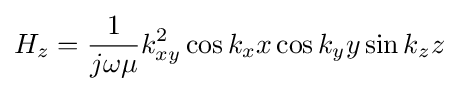
H_{z}={\frac {1}{j\omega \mu }}k_{xy}^{2}\cos k_{x}x\cos k_{y}y\sin k_{z}z